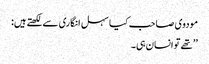
مودوی صاحب کیا سہل انگاری سےلکھتےہیں:
’’تھے تو انسان ہی۔